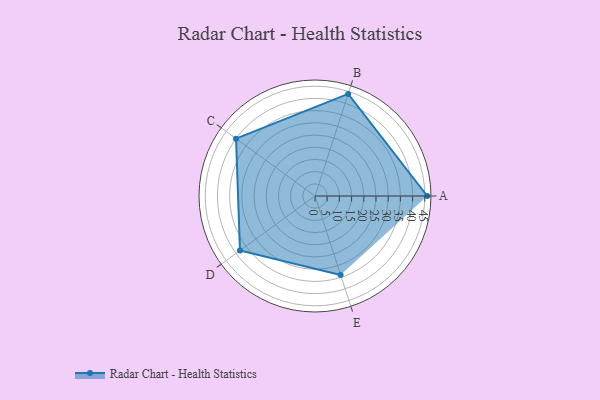
{"axis": {"x": "Skill", "y": "Score"}, "legend": ["Profile"], "data": [{"x": "A", "y": 46.0, "type": "Profile"}, {"x": "B", "y": 44.0, "type": "Profile"}, {"x": "C", "y": 40.0, "type": "Profile"}, {"x": "D", "y": 38.0, "type": "Profile"}, {"x": "E", "y": 34.0, "type": "Profile"}]}